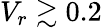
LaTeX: V_{r}\gtrsim 0.2